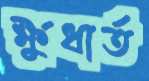
ক্ষুধার্ত